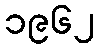
၁၉၆၂